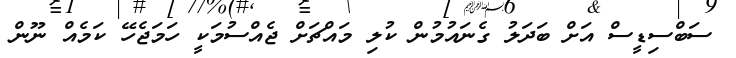
ސަބްސިޑީސް އަށް ބަދަލު ގެނައުމުން ކުލި މައްޗަށް ޖެއްސުމަކީ ހަމަޖެހޭ ކަމެއް ނޫން